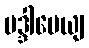
မဒ္ဒါပေယျ